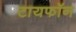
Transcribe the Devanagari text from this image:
टायफॉन